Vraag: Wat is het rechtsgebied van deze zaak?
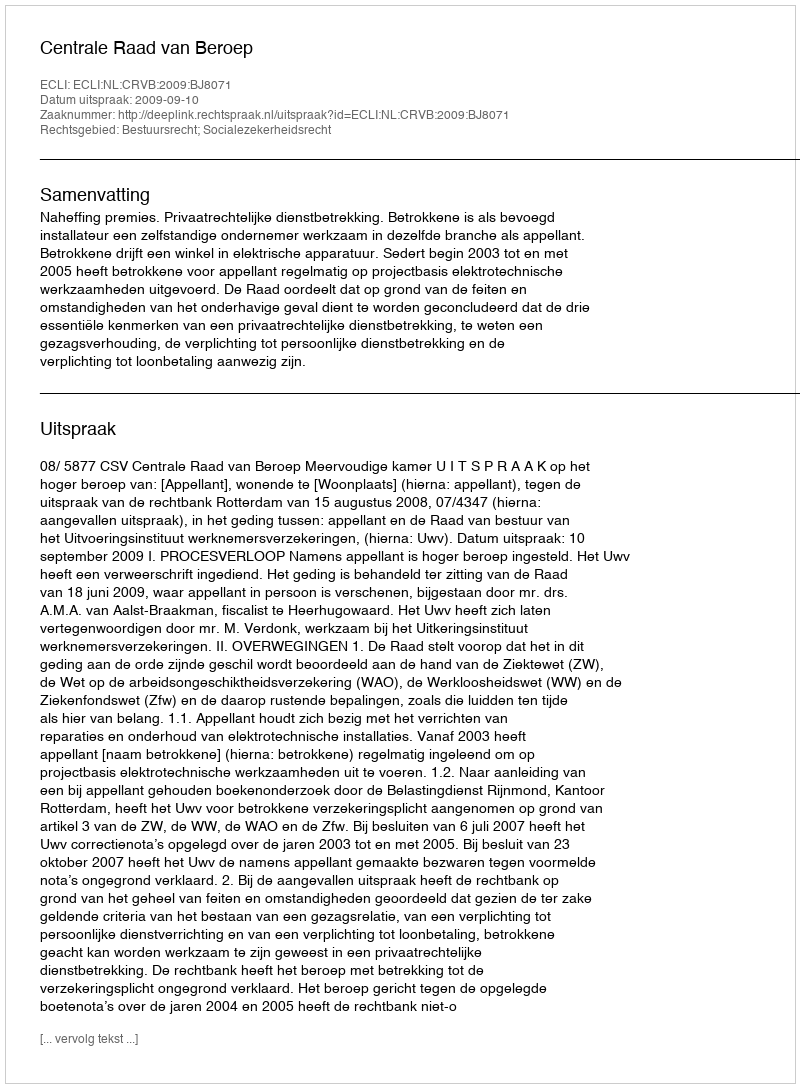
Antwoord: Bestuursrecht; Socialezekerheidsrecht